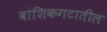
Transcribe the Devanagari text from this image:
वांशिकगटातील